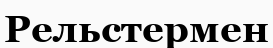
Рельстермен